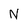
Character: N